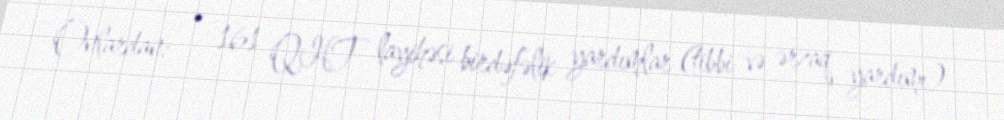
Onlardan: • 161 QHT layihəsi birdəfəlik yardımlar (tibbi və ərzaq yardımı)